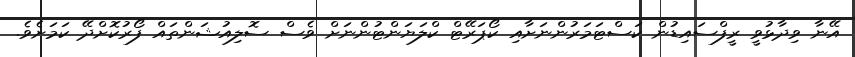
އޭނާ ވިދާޅުވީ ރީފްސައިޑުން ކަސްޓަަމަރުންނަށާއި ކޯޕަރޭޓް ކްލަޔަންޓުންނަށް ވެސް ސޮލިއުޝަންތައް ފޯރުކޮށްދޭ ކަމަށެވެ.